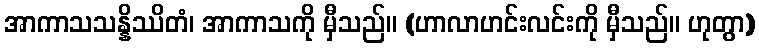
အာကာသသန္နိဿိတံ၊ အာကာသကို မှီသည်။ (ဟာလာဟင်းလင်းကို မှီသည်။ ဟုတွာ)